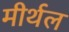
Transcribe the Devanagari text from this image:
मीर्थल